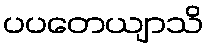
ပပတေယျာသိ